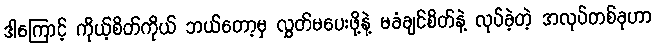
ဒါကြောင့် ကိုယ့်စိတ်ကိုယ် ဘယ်တော့မှ လွှတ်မပေးဖို့နဲ့ မခံချင်စိတ်နဲ့ လုပ်ခဲ့တဲ့ အလုပ်တစ်ခုဟာ